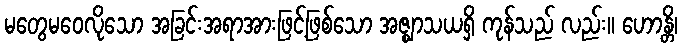
မတွေမဝေလိုသော အခြင်းအရာအားဖြင့်ဖြစ်သော အဇ္ဈာသယရှိ ကုန်သည် လည်း။ ဟောန္တိ၊